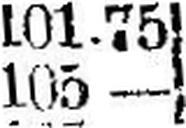
105 —